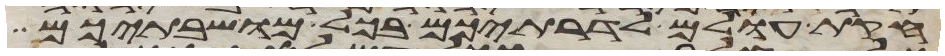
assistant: חקת עולם לדרתיכם בכל מושבתיכם